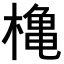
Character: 𪳥